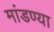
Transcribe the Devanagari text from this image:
मांडण्या